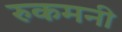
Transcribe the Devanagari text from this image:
रुकमनी